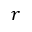
r